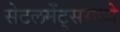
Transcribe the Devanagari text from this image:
सेटलमेंट्‌समध्ये